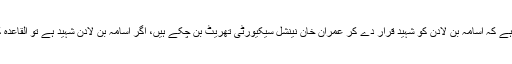
تفصیلات کے مطابق ترجمان بلاول بھٹو زرداری سینیٹر مصطفیٰ نواز کھوکھر نے کہا ہے کہ اسامہ بن لادن کو شہید قرار دے کر عمران خان نینشل سیکیورٹی تھریٹ بن چکے ہیں، اگر اسامہ بن لادن شہید ہے تو القاعدہ کے حملوں میں شہید ہونے والے ہمارے فورسز کے جوان اور شہریوں کا درجہ کیا ہوا ؟